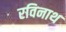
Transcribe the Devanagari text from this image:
रविनाथ